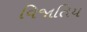
વિજાતિય